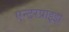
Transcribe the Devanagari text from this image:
एन्टरप्राइझ